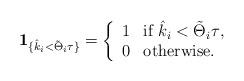
LaTeX: \begin{align*}\mathbf 1_{\{\hat k_i < \tilde \Theta_i \tau\}}=\left\{\begin{array}{ll} 1 & \mbox{if $\hat k_i < \tilde \Theta_i \tau$},\\ 0 & \mbox{otherwise.} \end{array}\right.\end{align*}